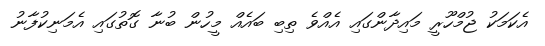
އެކަމަކު ޖުމްހޫރީ މައިދާންގައި އެއްވެ ތިބި ބައެއް މީހުން ބުނާ ގޮތުގައި އެމަނިކުފާނު